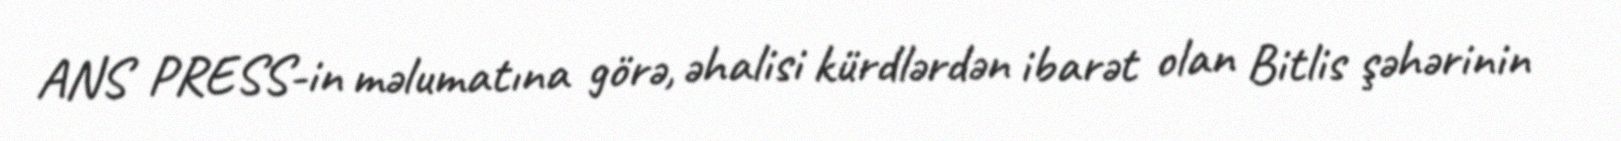
ANS PRESS-in məlumatına görə, əhalisi kürdlərdən ibarət olan Bitlis şəhərinin